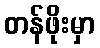
တန်ဖိုးမှာ